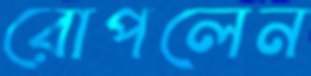
রোপলেন